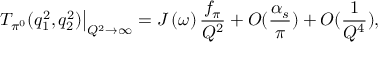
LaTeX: \left. T _ { \pi ^ { 0 } } ( q _ { 1 } ^ { 2 } , q _ { 2 } ^ { 2 } ) \right| _ { Q ^ { 2 } \rightarrow \infty } = J \left( \omega \right) \frac { f _ { \pi } } { Q ^ { 2 } } + O ( \frac { \alpha _ { s } } { \pi } ) + O ( \frac { 1 } { Q ^ { 4 } } ) ,